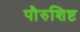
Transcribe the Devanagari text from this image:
पौरुशिष्ट